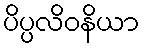
ပိပ္ပလိဝနိယာ